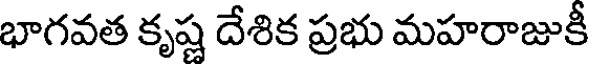
భాగవత కృష్ణ దేశిక ప్రభు మహరాజుకీ